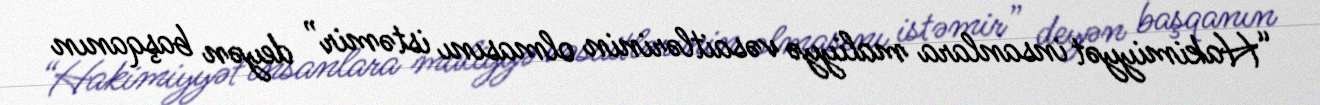
“Hakimiyyət insanlara maliyyə vəsaitlərinin olmasını istəmir” deyən başqanın